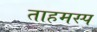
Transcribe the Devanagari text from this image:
ताहमस्प